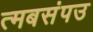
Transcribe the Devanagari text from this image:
त्मबसंपउ